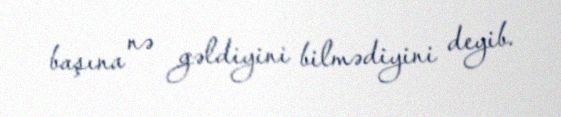
başına nə gəldiyini bilmədiyini deyib.